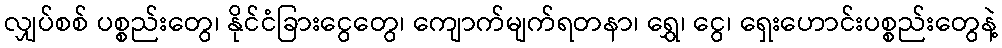
လျှပ်စစ် ပစ္စည်းတွေ၊ နိုင်ငံခြားငွေတွေ၊ ကျောက်မျက်ရတနာ၊ ရွှေ၊ ငွေ၊ ရှေးဟောင်းပစ္စည်းတွေနဲ့